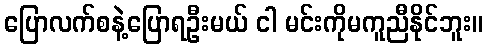
ပြောလက်စနဲ့ပြောရဦးမယ် ငါ မင်းကိုမကူညီနိုင်ဘူး။